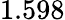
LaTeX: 1.598